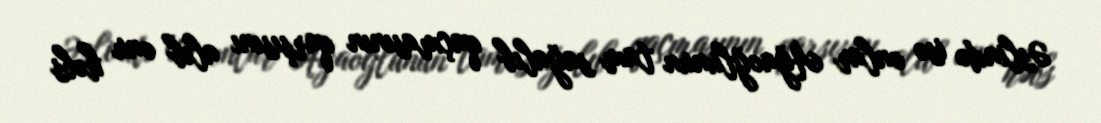
Əslində isə onlar Ağaoğlunun tam sağalıb qaçmasının qarşısını alıb onu həbs